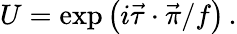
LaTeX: U=\mathrm{exp}\left(i\vec{\tau}\cdot\vec{\pi}/f\right)\, .